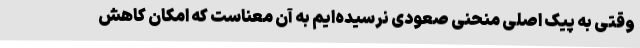
وقتی به پیک اصلی منحنی صعودی نرسیده‌ایم به آن معناست که امکان کاهش